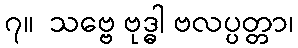
၇။  သဗ္ဗေ ဗုဒ္ဓါ ဗလပ္ပတ္တာ၊